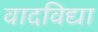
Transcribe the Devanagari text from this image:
वादविद्या